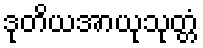
ဒုတိယအာယုသုတ္တံ